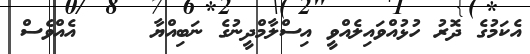
އެކަމުގެ ދޮރު ހުޅުއްވައިލެއްވީ އިސްލާމްދީނުގެ ނަބިއްޔާ     އެއްވެސް